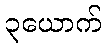
၃ယောက်